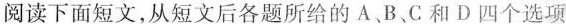
阅读下面短文,从短文后各题所给的A、B、C和D四个选项